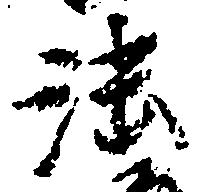
法